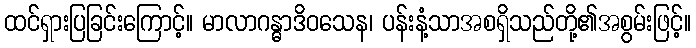
ထင်ရှားပြခြင်းကြောင့်။ မာလာဂန္ဓာဒိဝသေန၊ ပန်းနံ့သာအစရှိသည်တို့၏အစွမ်းဖြင့်။